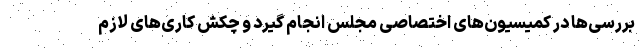
بررسی‌ها در کمیسیون‌های اختصاصی مجلس انجام گیرد و چکش کاری‌های لازم